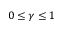
0 \leq \gamma \leq 1